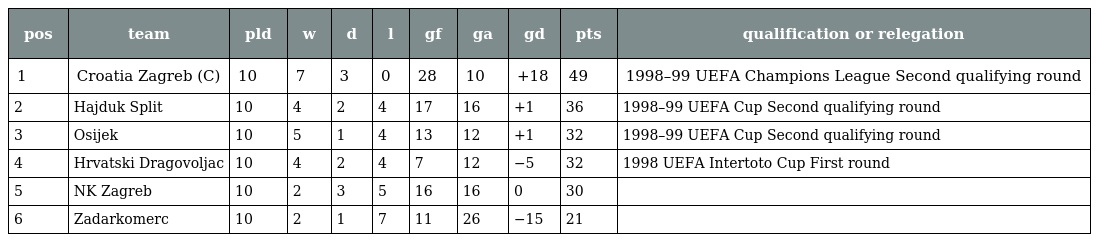
| pos | team | pld | w | d | l | gf | ga | gd | pts | qualification or relegation |
 | --- | --- | --- | --- | --- | --- | --- | --- | --- | --- | --- |
 | 1 | Croatia Zagreb (C) | 10 | 7 | 3 | 0 | 28 | 10 | +18 | 49 | 1998–99 UEFA Champions League Second qualifying round |
 | 2 | Hajduk Split | 10 | 4 | 2 | 4 | 17 | 16 | +1 | 36 | 1998–99 UEFA Cup Second qualifying round |
 | 3 | Osijek | 10 | 5 | 1 | 4 | 13 | 12 | +1 | 32 | 1998–99 UEFA Cup Second qualifying round |
 | 4 | Hrvatski Dragovoljac | 10 | 4 | 2 | 4 | 7 | 12 | −5 | 32 | 1998 UEFA Intertoto Cup First round |
 | 5 | NK Zagreb | 10 | 2 | 3 | 5 | 16 | 16 | 0 | 30 |  |
 | 6 | Zadarkomerc | 10 | 2 | 1 | 7 | 11 | 26 | −15 | 21 |  |